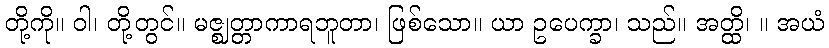
တို့ကို။ ဝါ၊ တို့တွင်။ မဇ္ဈတ္တာကာရဘူတာ၊ ဖြစ်သော။ ယာ ဥပေက္ခာ၊ သည်။ အတ္ထိ၊ ။ အယံ